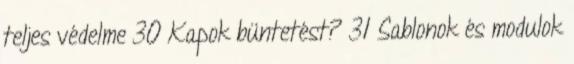
teljes védelme 30 Kapok büntetést? 31 Sablonok és modulok